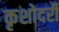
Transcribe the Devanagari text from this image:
कृशोदरी